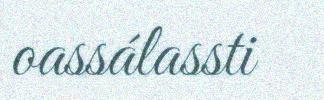
oassálassti